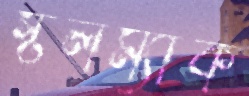
স্টলম্যাক